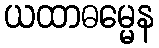
ယထာဓမ္မေန